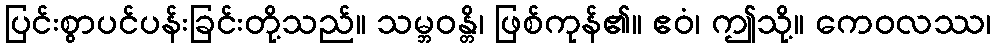
ပြင်းစွာပင်ပန်းခြင်းတို့သည်။ သမ္ဘဝန္တိ၊ ဖြစ်ကုန်၏။ ဧဝံ၊ ဤသို့။ ကေဝလဿ၊